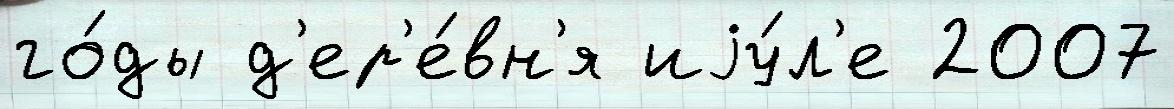
го́ды д'ер'е́вн'я иjу́л'е 2007